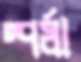
স্পর্ধা